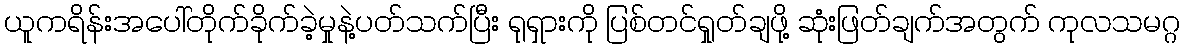
ယူကရိန်းအပေါ်တိုက်ခိုက်ခဲ့မှုနဲ့ပတ်သက်ပြီး ရုရှားကို ပြစ်တင်ရှုတ်ချဖို့ ဆုံးဖြတ်ချက်အတွက် ကုလသမဂ္ဂ